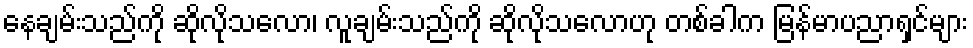
နေချမ်းသည်ကို ဆိုလိုသလော၊ လူချမ်းသည်ကို ဆိုလိုသလောဟု တစ်ခါက မြန်မာပညာရှင်များ